Lunatic asylums in Bengal annual reports 1888-1898 - 1888-1898
Year: 1888
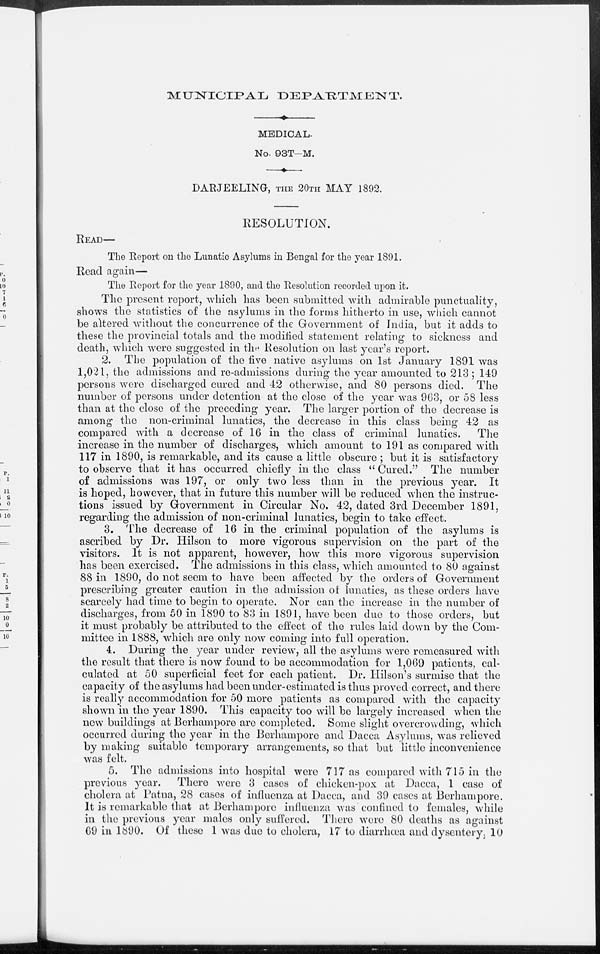
MUNICIPAL
DEPARTMENT.
MEDICAL.
No. 93T-M.
DARJEELING, THE 20TH MAY 1892.
RESOLUTION.
READ—
The Report on the Lunatic Asylums in Bengal for the year 1891.
Read again—
The Report for the year 1890, and the Resolution recorded upon it.
The present report, which has been submitted with admirable punctuality,
shows the statistics of the asylums in the forms hitherto in use, which cannot
be altered without the concurrence of the Government of India, but it adds to
these the provincial totals and the modified statement relating to sickness and
death, which were suggested in the Resolution on last year's report.
2. The population of the five native asylums on 1st January 1891 was
1,021, the admissions and re-admissions during the year amounted to 213; 149
persons were discharged cured and 42 otherwise, and 80 persons died. The
number of persons under detention at the close of the year was 963, or 58 less
than at the close of the preceding year. The larger portion of the decrease is
among the non-criminal lunatics, the decrease in this class being 42 as
compared with a decrease of 16 in the class of criminal lunatics.
The
increase in the number of discharges, which amount to 191 as compared with
117 in 1890, is remarkable, and its cause a little obscure ; but it is satisfactory
to observe that it has occurred chiefly in the class " Cured." The number
of admissions was 197, or only two less than in the previous year. It
is hoped, however, that in future this number will be reduced when the instruc-
tions issued by Government in Circular No. 42, dated 3rd December 1891,
regarding the admission of non-criminal lunatics, begin to take effect.
3. The decrease of 16 in the criminal population of the asylums is
ascribed by Dr. Hilson to more vigorous supervision on the part of the
visitors. It is not apparent, however, how this more vigorous supervision
has been exercised. The admissions in this class, which amounted to 80 against
88 in 1890, do not seem to have been affected by the orders of Government
prescribing greater caution in the admission of lunatics, as these orders have
scarcely had time to begin to operate. Nor can the increase in the number of
discharges, from 50 in 1890 to 83 in 1891, have been due to those orders, but
it must probably be attributed to the effect of the rules laid down by the Com-
mittee in 1888, which are only now coming into full operation.
4. During the year under review, all the asylums were remeasured with
the result that there is now found to be accommodation for 1,069 patients, cal-
culated at 50 superficial feet for each patient. Dr. Hilson's surmise that the
capacity of the asylums had been under-estimated is thus proved correct, and there
is really accommodation for 50 more patients as compared with the capacity
shown in the year 1890. This capacity too will be largely increased when the
new buildings at Berhampore are completed. Some slight overcrowding, which
occurred during the year in the Berhampore and Dacca Asylums, was relieved
by making suitable temporary arrangements, so that but little inconvenience
was felt.
5. The admissions into hospital were 717 as compared with 715 in the
previous year.
There were 3 cases of chicken-pox at Dacca, 1 case of
cholera at Patna, 28 cases of influenza at Dacca, and 39 cases at Berhampore.
It is remarkable that at Berhampore influenza was confined to females, while
in the previous year males only suffered. There were 80 deaths as against
69 in 1890. Of these 1 was due to cholera, 17 to diarrhœa and dysentery, 10